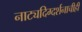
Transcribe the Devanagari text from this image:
नाट्यदिग्दर्शनाचीही